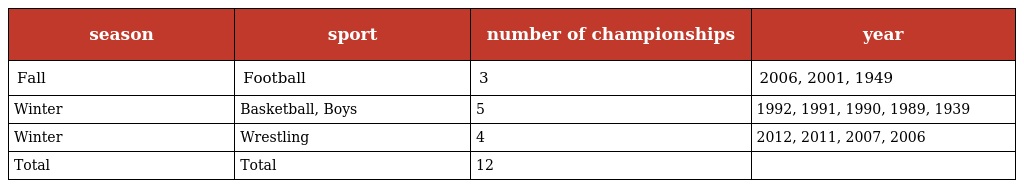
| season | sport | number of championships | year |
 | --- | --- | --- | --- |
 | Fall | Football | 3 | 2006, 2001, 1949 |
 | Winter | Basketball, Boys | 5 | 1992, 1991, 1990, 1989, 1939 |
 | Winter | Wrestling | 4 | 2012, 2011, 2007, 2006 |
 | Total | Total | 12 |  |